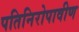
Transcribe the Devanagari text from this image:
पतिनिरोपावीण